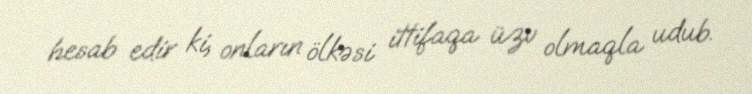
hesab edir ki, onların ölkəsi ittifaqa üzv olmaqla udub.